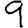
Digit: 9